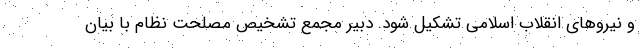
و نیروهای انقلاب اسلامی تشکیل شود. دبیر مجمع تشخیص مصلحت نظام با بیان